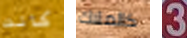
كانت كالملاك 3